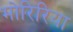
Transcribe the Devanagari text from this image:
मोरिरिया